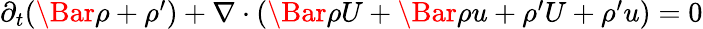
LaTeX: \begin{array}{r}{\partial_{t}(\Bar{\rho}+\rho^{\prime})+\nabla\cdot(\Bar{\rho}U+\Bar{\rho}u+\rho^{\prime}U+\rho^{\prime}u)=0}\end{array}